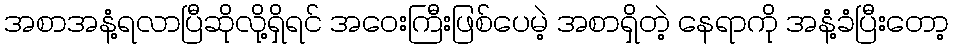
အစာအနံ့ရလာပြီဆိုလို့ရှိရင် အဝေးကြီးဖြစ်ပေမဲ့ အစာရှိတဲ့ နေရာကို အနံ့ခံပြီးတော့